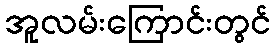
အူလမ်းကြောင်းတွင်